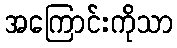
အကြောင်းကိုသာ